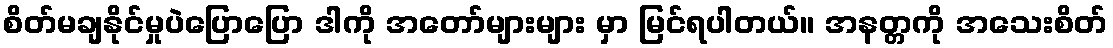
စိတ်မချနိုင်မှုပဲပြောပြော ဒါကို အတော်များများ မှာ မြင်ရပါတယ်။ အနတ္တကို အသေးစိတ်